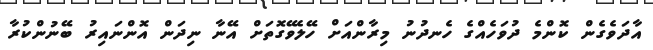
އާދަވެގެން ކޮންމެ ދުވަހެއްގެ ހެނދުނު މިރާންއަށް ހޭލެވޭގޮތަށް އޭނާ ނިދަން އޮންނައިރު ބޭނުންކުރާ